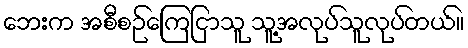
ဘေးက အစီစဉ်ကြေငြာသူ သူ့အလုပ်သူလုပ်တယ်။